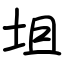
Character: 坥